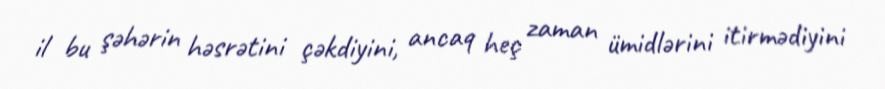
il bu şəhərin həsrətini çəkdiyini, ancaq heç zaman ümidlərini itirmədiyini